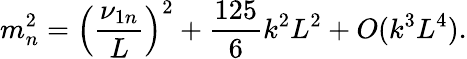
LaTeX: m_{n}^{2}=\left(\frac{\nu_{1n}}{L}\right)^{2}+\frac{125}{6}k^{2}L^{2}+O(k^{3}L^{4}).